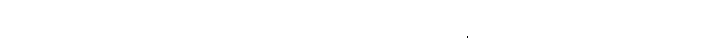
ယုတ်သည်သာလျှင် ဖြစ်သကဲသို့လည်းကောင်း။ မဏ္ဍလေန၊ အဝန်းအားဖြင့်။ ဟာယတိ သေယျထာပိ၊